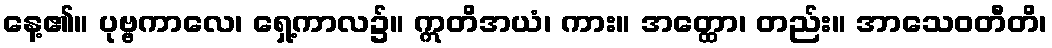
နေ့၏။ ပုဗ္ဗကာလေ၊ ရှေ့ကာလ၌။ ဣတိအယံ၊ ကား။ အတ္ထော၊ တည်း။ အာသေဝတီတိ၊